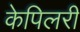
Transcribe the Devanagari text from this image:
केपिलरी